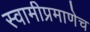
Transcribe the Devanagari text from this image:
स्वामीप्रमाणेच